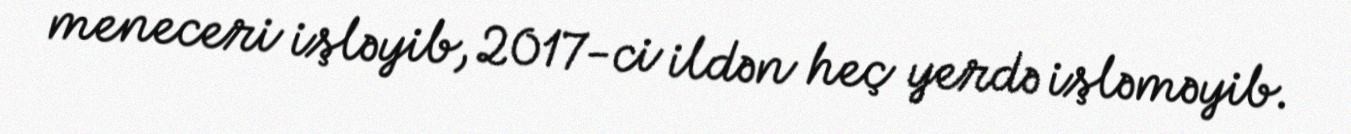
meneceri işləyib, 2017-ci ildən heç yerdə işləməyib.